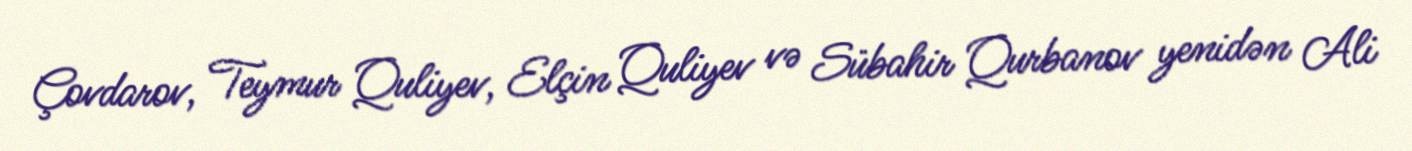
Çovdarov, Teymur Quliyev, Elçin Quliyev və Sübahir Qurbanov yenidən Ali